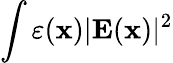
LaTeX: \int\varepsilon(\mathbf{x})|\mathbf{E}(\mathbf{x})|^{2}